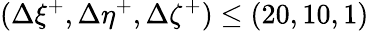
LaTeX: (\Delta\xi^{+},\Delta\eta^{+},\Delta\zeta^{+})\leq(20,10,1)